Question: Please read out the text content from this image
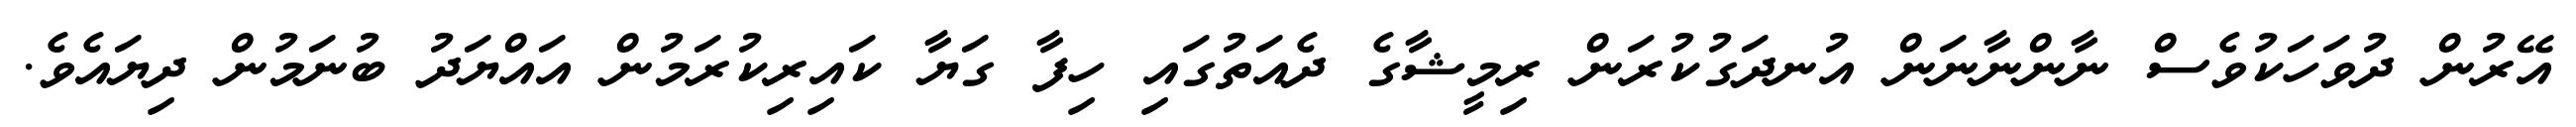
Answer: އޭރުން ދުވަހަކުވެސް ނާންނާނަން އުނދަގުކުރަން ރިމީޝާގެ ދެއަތުގައި ހިފާ ގަޔާ ކައިރިކުރަމުން އައްޔަދު ބުނަމުން ދިޔައެވެ.